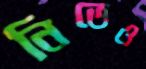
নিভেও